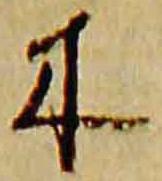
木